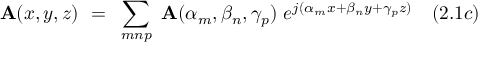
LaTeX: \mathbf { A } ( x , y , z ) ~ = ~ \sum _ { m n p } ~ \mathbf { A } ( \alpha _ { m } , \beta _ { n } , \gamma _ { p } ) ~ e ^ { j ( \alpha _ { m } x + \beta _ { n } y + \gamma _ { p } z ) } ~ ~ ~ ( 2 . 1 c )